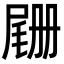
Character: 𫵡